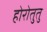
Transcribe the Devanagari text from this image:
होरोतुतु